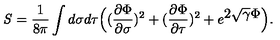
{ \it S } = { \frac { 1 } { 8 \pi } } \int d \sigma d \tau \Bigl ( ( { \frac { \partial \Phi } { \partial \sigma } } ) ^ { 2 } + ( { \frac { \partial \Phi } { \partial \tau } } ) ^ { 2 } + e ^ { \displaystyle 2 \sqrt { \gamma } \Phi } \Bigr ) .